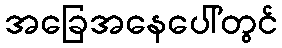
အခြေအနေပေါ်တွင်